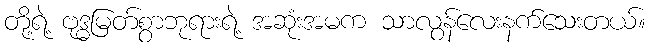
တို့ရဲ့ ဗုဒ္ဓမြတ်စွာဘုရားရဲ့ အဆုံးအမက သာလွန်လေးနက်သေးတယ်။